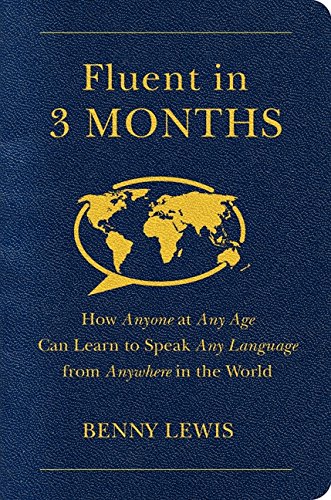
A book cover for Fluent in 3 Months: How Anyone at Any Age Can Learn to Speak Any Language from Anywhere in the World; Benny Lewis; Politics & Social Sciences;